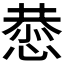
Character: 𫺯